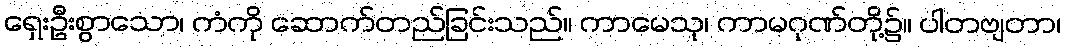
ရှေးဦးစွာသော၊ ကံကို ဆောက်တည်ခြင်းသည်။ ကာမေသု၊ ကာမဂုဏ်တို့၌။ ပါတဗျတာ၊